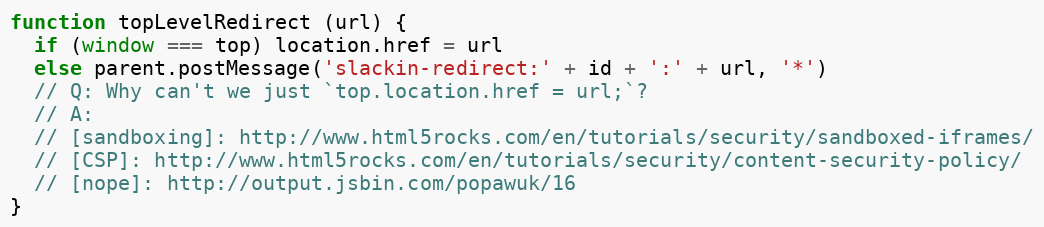
Language: JavaScript
function topLevelRedirect (url) {
  if (window === top) location.href = url
  else parent.postMessage('slackin-redirect:' + id + ':' + url, '*')
  // Q: Why can't we just `top.location.href = url;`?
  // A:
  // [sandboxing]: http://www.html5rocks.com/en/tutorials/security/sandboxed-iframes/
  // [CSP]: http://www.html5rocks.com/en/tutorials/security/content-security-policy/
  // [nope]: http://output.jsbin.com/popawuk/16
}